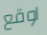
اوقع